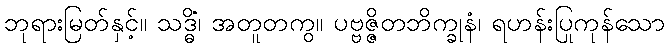
ဘုရားမြတ်နှင့်။ သဒ္ဓိံ၊ အတူတကွ။ ပဗ္ဗဇ္ဇိတဘိက္ခုနံ၊ ရဟန်းပြုကုန်သော